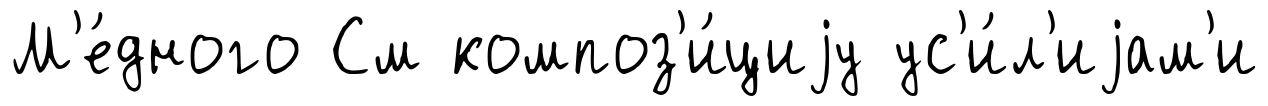
М'е́дного См композ'и́циjу ус'и́л'иjам'и